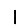
Digit: 1